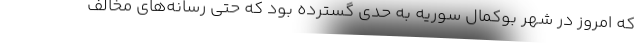
که امروز در شهر بوکمال سوریه به حدی گسترده بود که حتی رسانه‌های مخالف